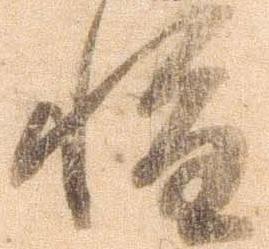
惶